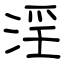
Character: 淫